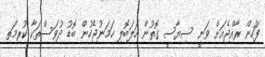
ފަހުން ރާއްޖެއަށް ވަނީ ސިޔާސީ ގޮތުން ހަލަބޮލި ހަމަނުޖެހުން ބޮޑު ދުވަސްތަކާ ކުރިމަތި